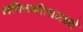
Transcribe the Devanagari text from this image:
भक्तिगीतांमध्ये